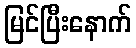
မြင်ပြီးနောက်